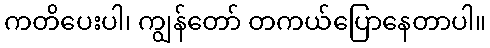
ကတိပေးပါ၊ ကျွန်တော် တကယ်ပြောနေတာပါ။